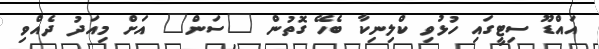
އައްޑޫ ސިޓީގައި ހުޅުވި ކްލިނިކާ ބެހޭ ގޮތުން "ސަން" އަށް މިއަދު ދެއްވި